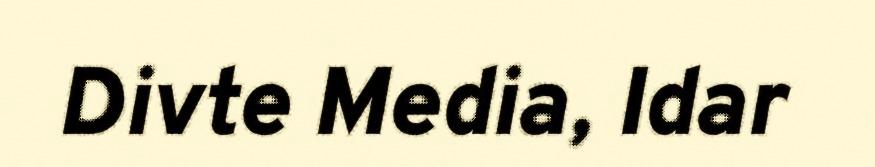
Divte Media, Idar